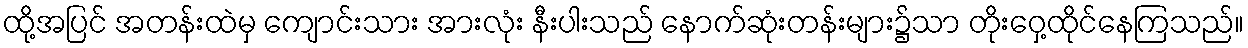
ထို့အပြင် အတန်းထဲမှ ကျောင်းသား အားလုံး နီးပါးသည် နောက်ဆုံးတန်းများ၌သာ တိုးဝှေ့ထိုင်နေကြသည်။